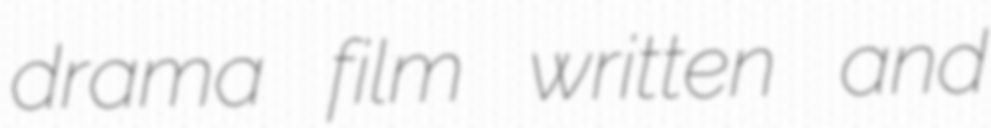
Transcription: drama film written and